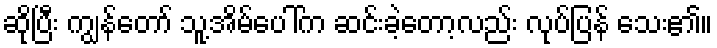
ဆိုပြီး ကျွန်တော် သူ့အိမ်ပေါ်က ဆင်းခဲ့တော့လည်း လုပ်ပြန် သေး၏။